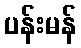
ပန်းမန်